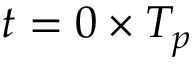
t = 0 \times T _ { p }